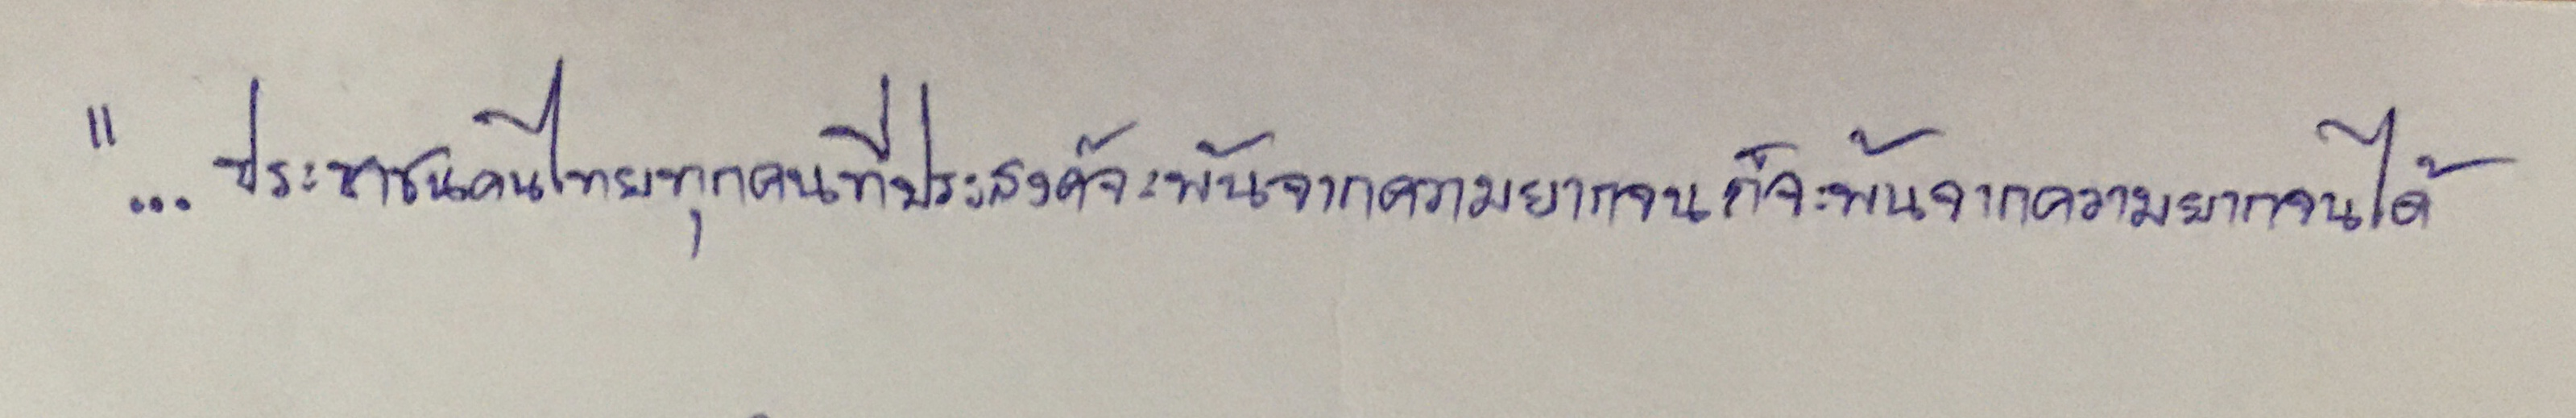
"...ประชาชนคนไทยทุกคนที่ประสงค์จะพ้นจากความยากจนก็จะพ้นจากความยากจนได้